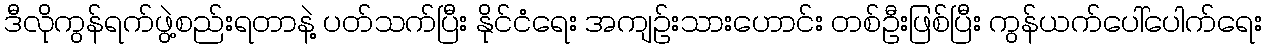
ဒီလိုကွန်ရက်ဖွဲ့စည်းရတာနဲ့ ပတ်သက်ပြီး နိုင်ငံရေး အကျဉ်းသားဟောင်း တစ်ဦးဖြစ်ပြီး ကွန်ယက်ပေါ်ပေါက်ရေး